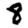
Digit: 8